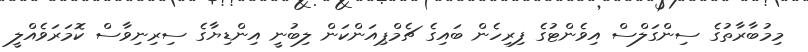
މިމުބާރާތުގެ ސިންގަލްސް އިވެންޓުގެ ފިރިހެން ބައިގެ ޗެމްޕިއަންކަން ލިބުނީ އިންޑިޔާގެ ސިރިނިވާސް ކޮމަރަވެއްލީ